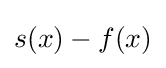
s(x)-f(x)